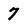
Character: 7